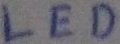
Text: LED